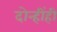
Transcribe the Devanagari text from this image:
दोन्हींही